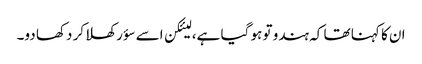
ان کا کہنا تھا کہ ہندو تو ہو گیا ہے، لیئکن اسے سؤر کھلا کر دکھا دو۔